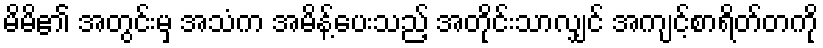
မိမိ၏ အတွင်းမှ အသံက အမိန့်ပေးသည့် အတိုင်းသာလျှင် အကျင့်စာရိတ်တကို